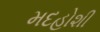
મદહોશી